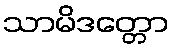
သာမိဒတ္တော